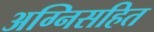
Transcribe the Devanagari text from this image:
अग्निसहित